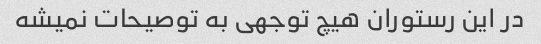
در این رستوران هیچ توجهی به توصیحات نمیشه